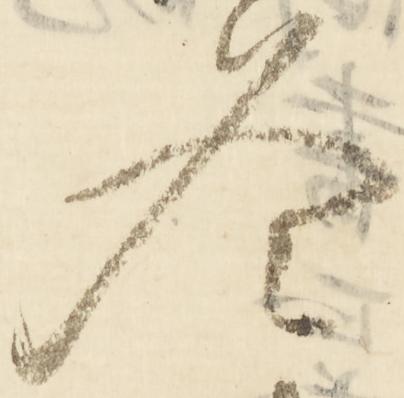
冬